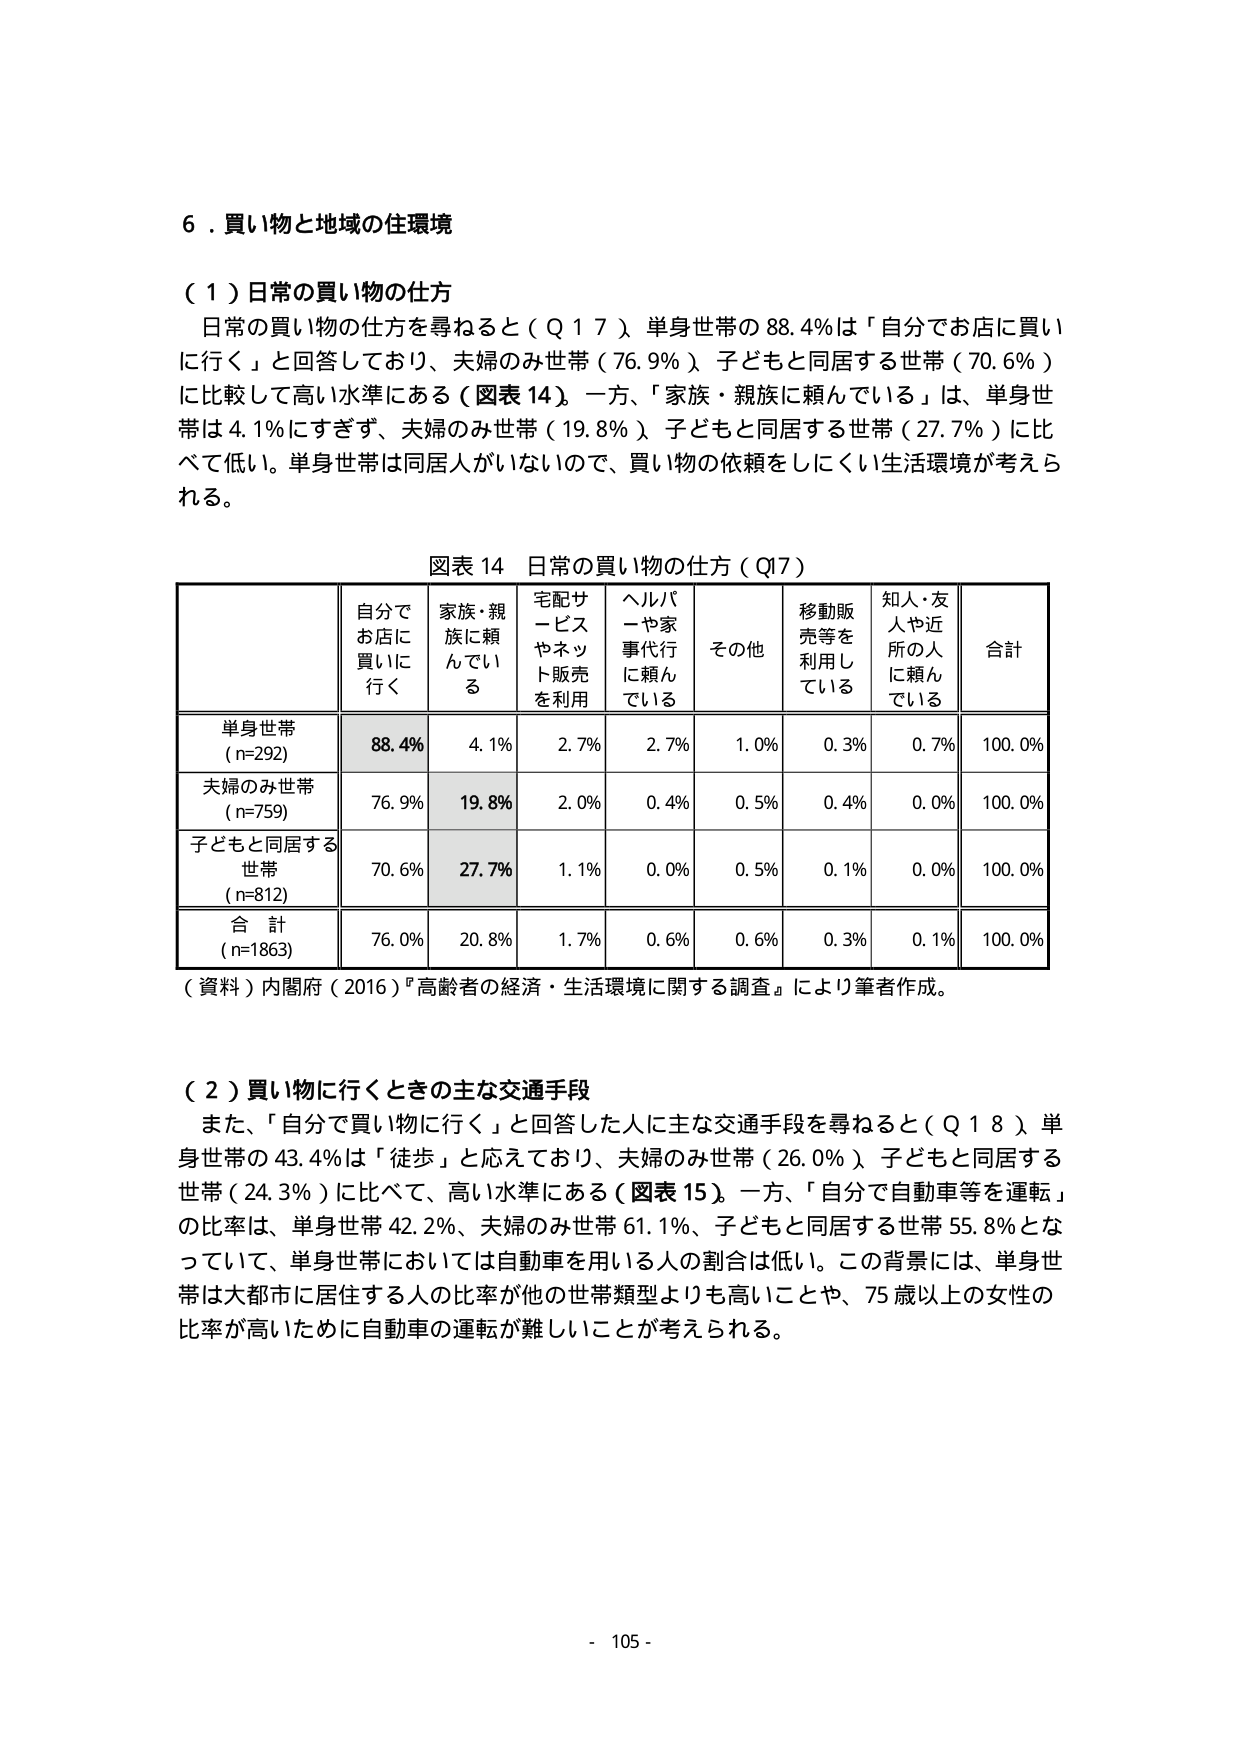
６．買い物と地域の住環境

（１）日常の買い物の仕方
日常の買い物の仕方を尋ねると（Ｑ１７）、単身世帯の88.4％は「自分でお店に買いに行く」と回答しており、夫婦のみ世帯（76.9％）、子どもと同居する世帯（70.6％）に比較して高い水準にある（図表14）。一方、「家族・親族に頼んでいる」は、単身世帯は4.1％にすぎず、夫婦のみ世帯（19.8％）、子どもと同居する世帯（27.7％）に比べて低い。単身世帯は同居人がいないので、買い物の依頼をしにくい生活環境が考えられる。

図表14 日常の買い物の仕方（Q17）

| | 自分でお店に買いに行く | 家族・親族に頼んでいる | 宅配サービスやネット販売を利用 | ヘルパーや家事代行に頼んでいる | その他 | 移動販売等を利用している | 知人・友人や近所の人に頼んでいる | 合計 |
|---|---|---|---|---|---|---|---|---|
| 単身世帯（n=292） | 88.4% | 4.1% | 2.7% | 2.7% | 1.0% | 0.3% | 0.7% | 100.0% |
| 夫婦のみ世帯（n=759） | 76.9% | 19.8% | 2.0% | 0.4% | 0.5% | 0.4% | 0.0% | 100.0% |
| 子どもと同居する世帯（n=812） | 70.6% | 27.7% | 1.1% | 0.0% | 0.5% | 0.1% | 0.0% | 100.0% |
| 合計（n=1863） | 76.0% | 20.8% | 1.7% | 0.6% | 0.6% | 0.3% | 0.1% | 100.0% |

（資料）内閣府（2016）『高齢者の経済・生活環境に関する調査』により筆者作成。

（２）買い物に行くときの主な交通手段
また、「自分で買い物に行く」と回答した人に主な交通手段を尋ねると（Ｑ１８）、単身世帯の43.4％は「徒歩」と応えており、夫婦のみ世帯（26.0％）、子どもと同居する世帯（24.3％）に比べて、高い水準にある（図表15）。一方、「自分で自動車等を運転」の比率は、単身世帯42.2％、夫婦のみ世帯61.1％、子どもと同居する世帯55.8％となっていて、単身世帯においては自動車を用いる人の割合は低い。この背景には、単身世帯は大都市に居住する人の比率が他の世帯類型よりも高いことや、75歳以上の女性の比率が高いために自動車の運転が難しいことが考えられる。

- 105 -